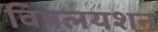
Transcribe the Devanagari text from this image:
विषलयशन